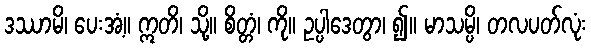
ဒဿာမိ၊ ပေးအံ့။ ဣတိ၊ သို့။ စိတ္တံ၊ ကို။ ဥပ္ပါဒေတွာ၊ ၍။ မာသမ္ပိ၊ တလပတ်လုံး